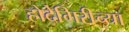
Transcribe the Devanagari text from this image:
होदेगिरीच्या